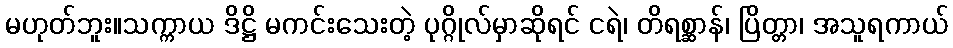
မဟုတ်ဘူး။သက္ကာယ ဒိဋ္ဌိ မကင်းသေးတဲ့ ပုဂ္ဂိုလ်မှာဆိုရင် ငရဲ၊ တိရစ္ဆာန်၊ ပြိတ္တာ၊ အသူရကာယ်